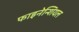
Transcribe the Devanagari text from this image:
फाइनेन्शियल